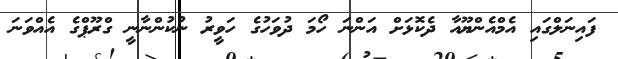
ފައިނަލްގައި އެމްއެންޔޫއާ ދެކޮޅަށް އަންނަ ހޯމަ ދުވަހުގެ ހަވީރު ނުކުންނާނީ ގްރޫޕްގެ އެއްވަނަ